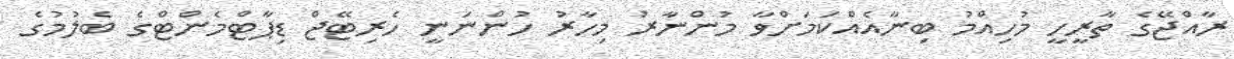
ރާއްޖޭގެ ތާރީހީ މުހިއްމު ބިނާއެއްކަމަށްވާ މުންނާރު މިހާރު ހުންނަނީ ހެރިޓޭޖް ޑިޕާޓްމެންޓްގެ ބެލުމުގެ